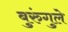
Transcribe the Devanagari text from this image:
बुरुंगुले